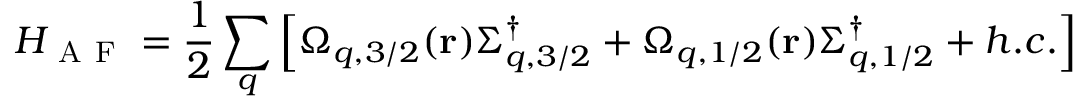
H _ { \mathrm { ~ A ~ F ~ } } = \frac { 1 } { 2 } \sum _ { q } \left[ \Omega _ { q , 3 / 2 } ( \mathbf { r } ) \Sigma _ { q , 3 / 2 } ^ { \dag } + \Omega _ { q , 1 / 2 } ( \mathbf { r } ) \Sigma _ { q , 1 / 2 } ^ { \dag } + h . c . \right]